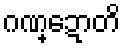
ဂဏ္ဍောတိ